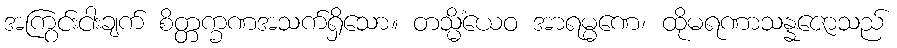
အကြွင်းငါးချက် စိတ္တက္ခဏအသက်ရှိသော။ တသ္မိံယေဝ အာရမ္မဏေ၊ ထိုမရဏာသန္နဇောသည်